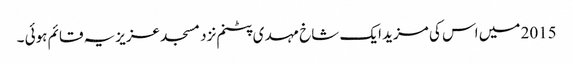
2015 میں اس کی مزید ایک شاخ مہدی پٹنم نزد مسجد عزیزیہ قائم ہوئی ۔